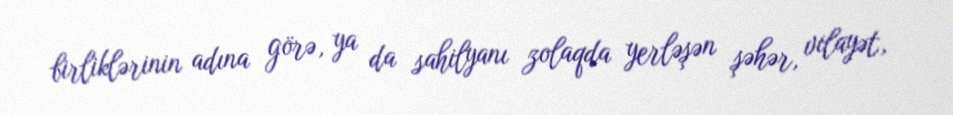
birliklərinin adına görə, ya da sahilyanı zolaqda yerləşən şəhər, vilayət,